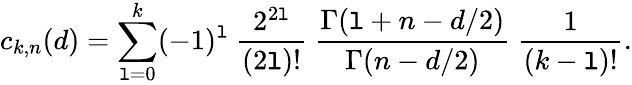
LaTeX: c_{k,n}(d)=\sum_{\mathtt{l}=0}^{k}(-1)^{\mathtt{l}}~{\frac{{2^{2\mathtt{l}}}}{{(2\mathtt{l})!}}}~{\frac{{\Gamma(\mathtt{l}+n-d/2)}}{{\Gamma(n-d/2)}}}~{\frac{{1}}{{(k-\mathtt{l})!}}}.